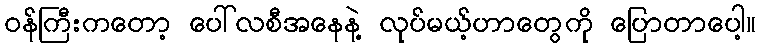
ဝန်ကြီးကတော့ ပေါ်လစီအနေနဲ့ လုပ်မယ့်ဟာတွေကို ပြောတာပေါ့။